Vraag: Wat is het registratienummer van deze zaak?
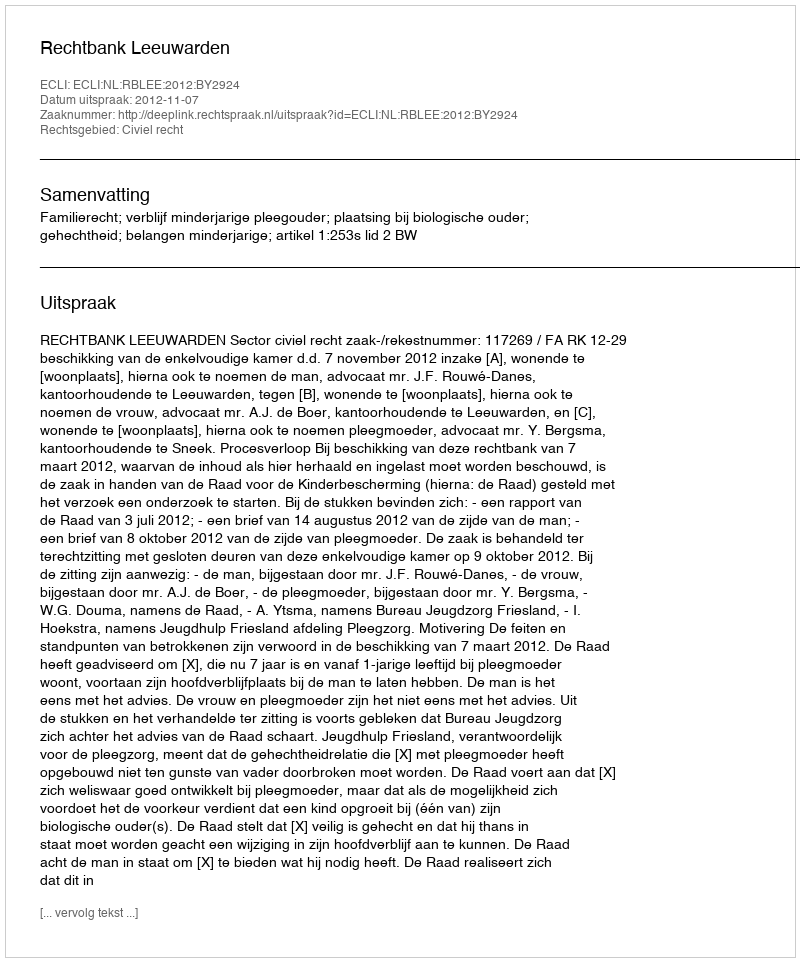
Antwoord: http://deeplink.rechtspraak.nl/uitspraak?id=ECLI:NL:RBLEE:2012:BY2924